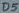
Text: D5